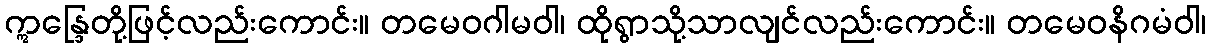
ဣန္ဒြေတို့ဖြင့်လည်းကောင်း။ တမေဝဂါမဝါ၊ ထိုရွာသို့သာလျင်လည်းကောင်း။ တမေဝနိဂမံဝါ၊